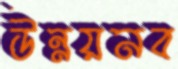
উন্নয়নব